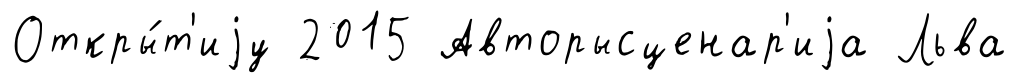
Откры́т'иjу 2015 Авторысценар'иjа Льва